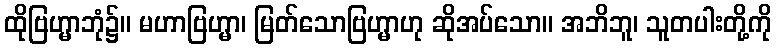
ထိုဗြဟ္မာဘုံ၌။ မဟာဗြဟ္မာ၊ မြတ်သောဗြဟ္မာဟု ဆိုအပ်သော။ အဘိဘူ၊ သူတပါးတို့ကို